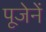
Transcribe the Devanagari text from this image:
पूजेनें